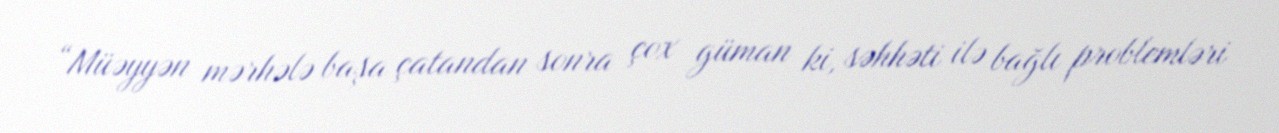
“Müəyyən mərhələ başa çatandan sonra çox güman ki, səhhəti ilə bağlı problemləri